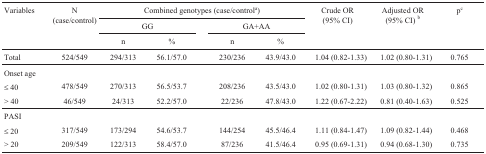
<table><thead><tr><td><b>Variables</b></td><td rowspan="2"><b>N(case/control)</b></td><td colspan="5"><b>Combined genotypes (case/control<sup>a</sup>) </b></td><td rowspan="2"><b>Crude OR(95% CI)</b></td><td rowspan="2"><b>Adjusted OR(95% CI) <sup>b</sup></b></td><td><b>p<sup>c</sup></b></td></tr><tr><td></td><td colspan="2"><b>GG </b></td><td></td><td colspan="2"><b>GA+AA </b></td><td></td></tr><tr><td></td><td></td><td><b>n</b></td><td><b>%</b></td><td></td><td><b>n</b></td><td><b>%</b></td><td></td><td></td><td></td></tr></thead><tbody><tr><td>Total</td><td>524/549</td><td>294/313</td><td>56.1/57.0</td><td></td><td>230/236</td><td>43.9/43.0</td><td>1.04 (0.82-1.33)</td><td>1.02 (0.80-1.31)</td><td>0.765</td></tr><tr><td>Onset age</td><td></td><td></td><td></td><td></td><td></td><td></td><td></td><td></td><td></td></tr><tr><td>≤ 40</td><td>478/549</td><td>270/313</td><td>56.5/53.7</td><td></td><td>208/236</td><td>43.5/43.0</td><td>1.02 (0.80-1.31)</td><td>1.03 (0.80-1.32)</td><td>0.865</td></tr><tr><td>&gt; 40</td><td>46/549</td><td>24/313</td><td>52.2/57.0</td><td></td><td>22/236</td><td>47.8/43.0</td><td>1.22 (0.67-2.22)</td><td>0.81 (0.40-1.63)</td><td>0.525</td></tr><tr><td>PASI</td><td></td><td></td><td></td><td></td><td></td><td></td><td></td><td></td><td></td></tr><tr><td>≤ 20</td><td>317/549</td><td>173/294</td><td>54.6/53.7</td><td></td><td>144/254</td><td>45.5/46.4</td><td>1.11 (0.84-1.47)</td><td>1.09 (0.82-1.44)</td><td>0.468</td></tr><tr><td>&gt; 20</td><td>209/549</td><td>122/313</td><td>58.4/57.0</td><td></td><td>87/236</td><td>41.5/46.4</td><td>0.95 (0.69-1.31)</td><td>0.94 (0.68-1.30)</td><td>0.735</td></tr></tbody></table>